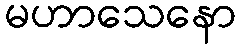
မဟာသေနော